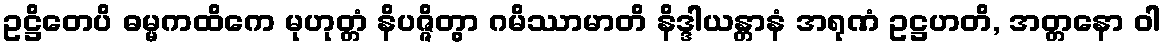
ဥဋ္ဌိတေပိ ဓမ္မကထိကေ မုဟုတ္တံ နိပဇ္ဇိတွာ ဂမိဿာမာတိ နိဒ္ဒါယန္တာနံ အရုဏံ ဥဋ္ဌဟတိ, အတ္တနော ဝါ